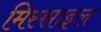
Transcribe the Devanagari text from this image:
मिस्साइल